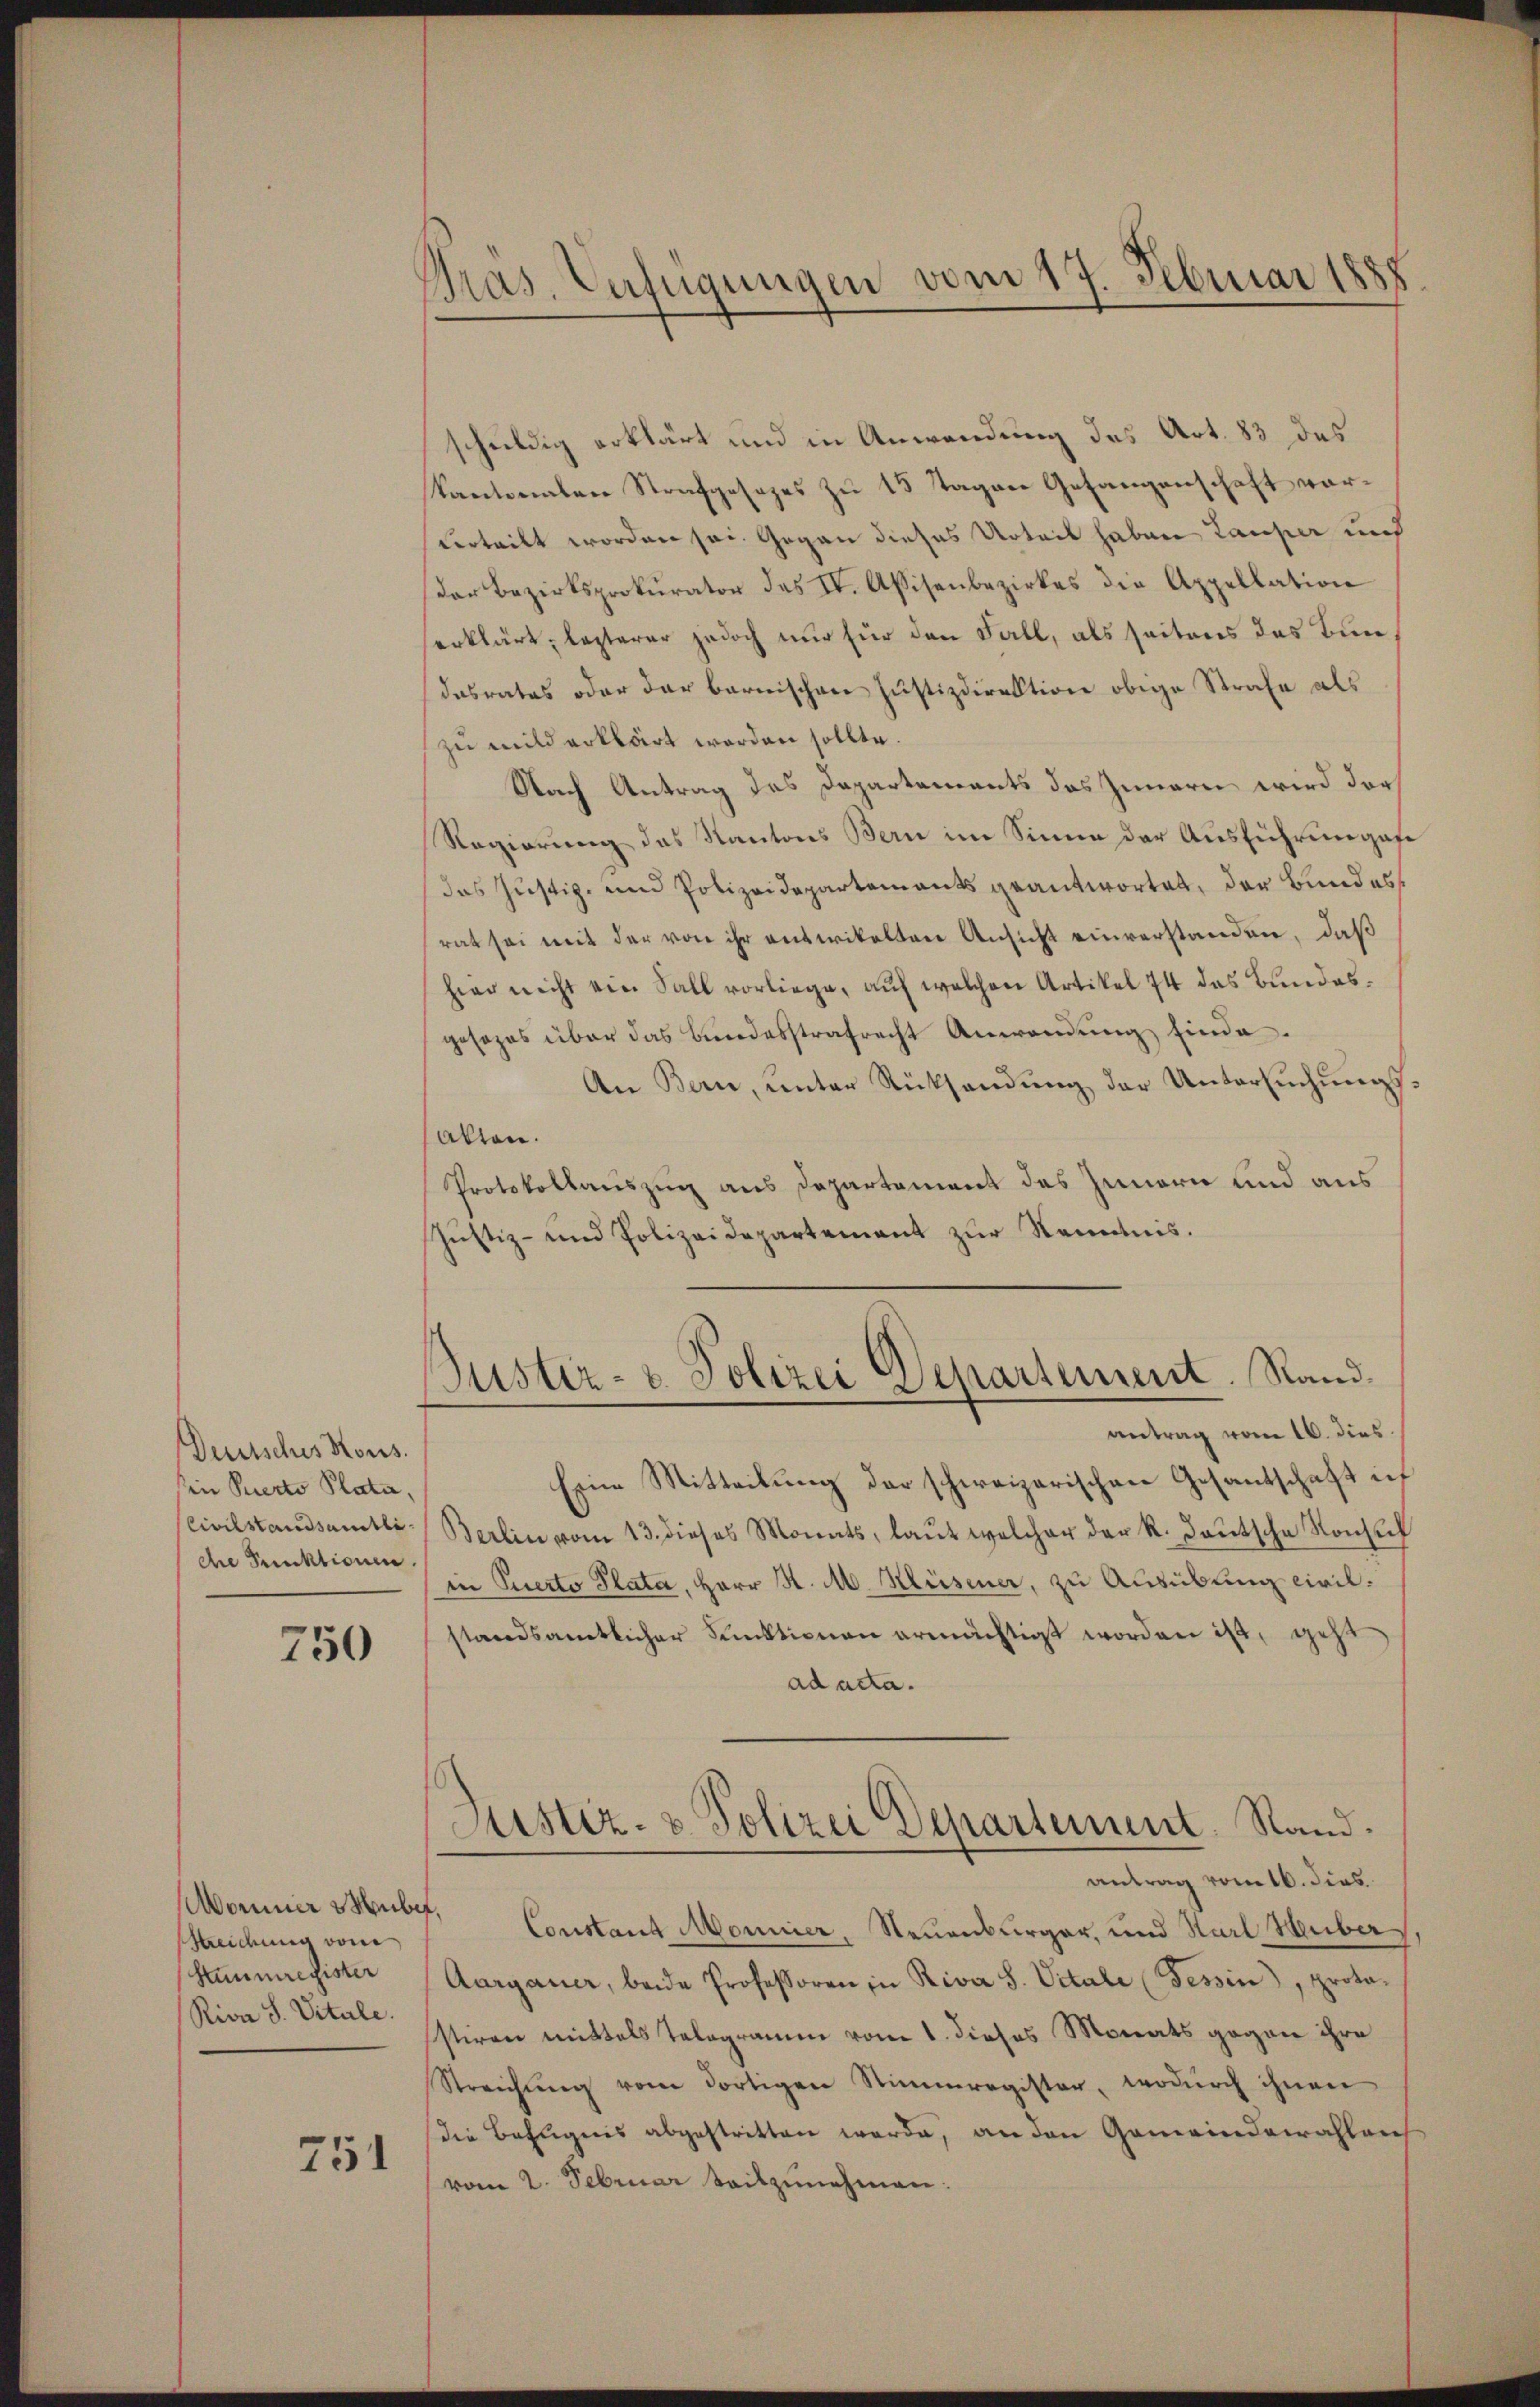
Deutsches Kons.
sen Perto Plata,
Civilstandsamtli
de Punktionen

750

Mominer übe
eidung von
Stimmregister
Riva S. Vitale.

751

Pras. Verfügungen vom 17. Februar 1888

schuldig erklärt und in Anwendung des Art. 83 das
Kantonalen Strafgesezes zu 15 Tagen Gefangenschaft vorverteilt worden sei. Gegen dieses Urteil haben Lauper und
der Bezirksprokurator das IV. Assisenbezirkes die Appellation
serklärt, lezterer jedoch nur für den Fall, als seitens das Bundasrates oder dar barnischen Justizdirektion obige Strafe als
zu mild erklärt worden sollte.
Nach Antrag des Departements das Innern wird darf
Regierung des Kantons Bern im Sinne der Ausführungefe
das Justiz- und Polizeidepartements geantwortet, der Bundes
rat sei mit der von ihr entwickelten Ansicht einverstanden, daß
hier nicht ein Sall vorliege, auf welchen Artikel 74 das Bundesgesezes über das Bundesstrafrecht Anwendŭng finde.
An Bern, ŭnter Rücksendŭng der Untersŭchŭngs-
salten.
Protokollauszug aus Departament des Innern und aus
Justiz- und Polizeidepartement zur Kenntnis.
uster- u. Polizei Departement. Rand.
antrag vom 16. dies
Eine Mitteilung der schweizerischen Gesantschaft in
Berlin vom 13. dieses Monats, laŭt welcher der K. Baŭtsche Konsuch
in Querto Plata, Herr K. M. Müsener, zu Ausübung civilstandsamtlicher Funktionen ermächtigt worden ist, geht
ad acta.
Justiz- & Polizei Departement. Stand.
antrag vom 16. dies
¬
Constant Monnier, Neuenburger, und Karl Huber
Aargauer, beide Professoren in Riva S. Vitale (Tessin, proto-
stiren mittels Telegramm vom 1. dieses Monats gegen ihre
Streichŭng vom dortigen Stimmregister, wodŭrch ihnen
die Befugnis abgestritten werde, an den Gemeindewahlen
vom 2. Februar beitzunehmen.